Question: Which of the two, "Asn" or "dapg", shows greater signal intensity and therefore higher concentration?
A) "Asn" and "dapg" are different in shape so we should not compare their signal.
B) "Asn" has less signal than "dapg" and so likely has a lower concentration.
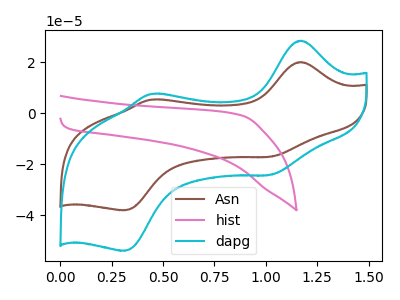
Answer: <think>The brown curve "Asn" has anodic peaks at (1.20V, 20.15uA) (0.45V, 5.40uA) and cathodic peaks at (1.00V, -17.10uA) (0.30V, -38.10uA). The pink curve "hist" has no peaks. The cyan curve "dapg" has anodic peaks at (1.20V, 28.55uA) (0.45V, 7.65uA) and cathodic peaks at (1.00V, -24.25uA) (0.30V, -54.05uA).
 All the peaks in "Asn" have a peak in "dapg" at the same potential. Every peak in "Asn" is lower than every peak in "dapg".</think>
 <answer>B) "Asn" has less signal than "dapg" and so likely has a lower concentration.</answer>
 <eval>B</eval>